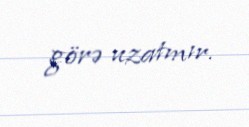
görə uzatmır.